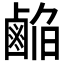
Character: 𱊹